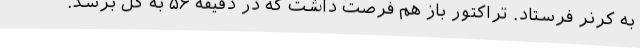
به کرنر فرستاد. تراکتور باز هم فرصت داشت که در دقیقه ۵۶ به گل برسد.